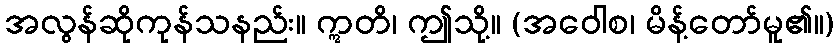
အလွန်ဆိုကုန်သနည်း။ ဣတိ၊ ဤသို့။ (အဝေါစ၊ မိန့်တော်မူ၏။)